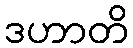
ဒဟာတိ